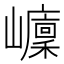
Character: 𡾭